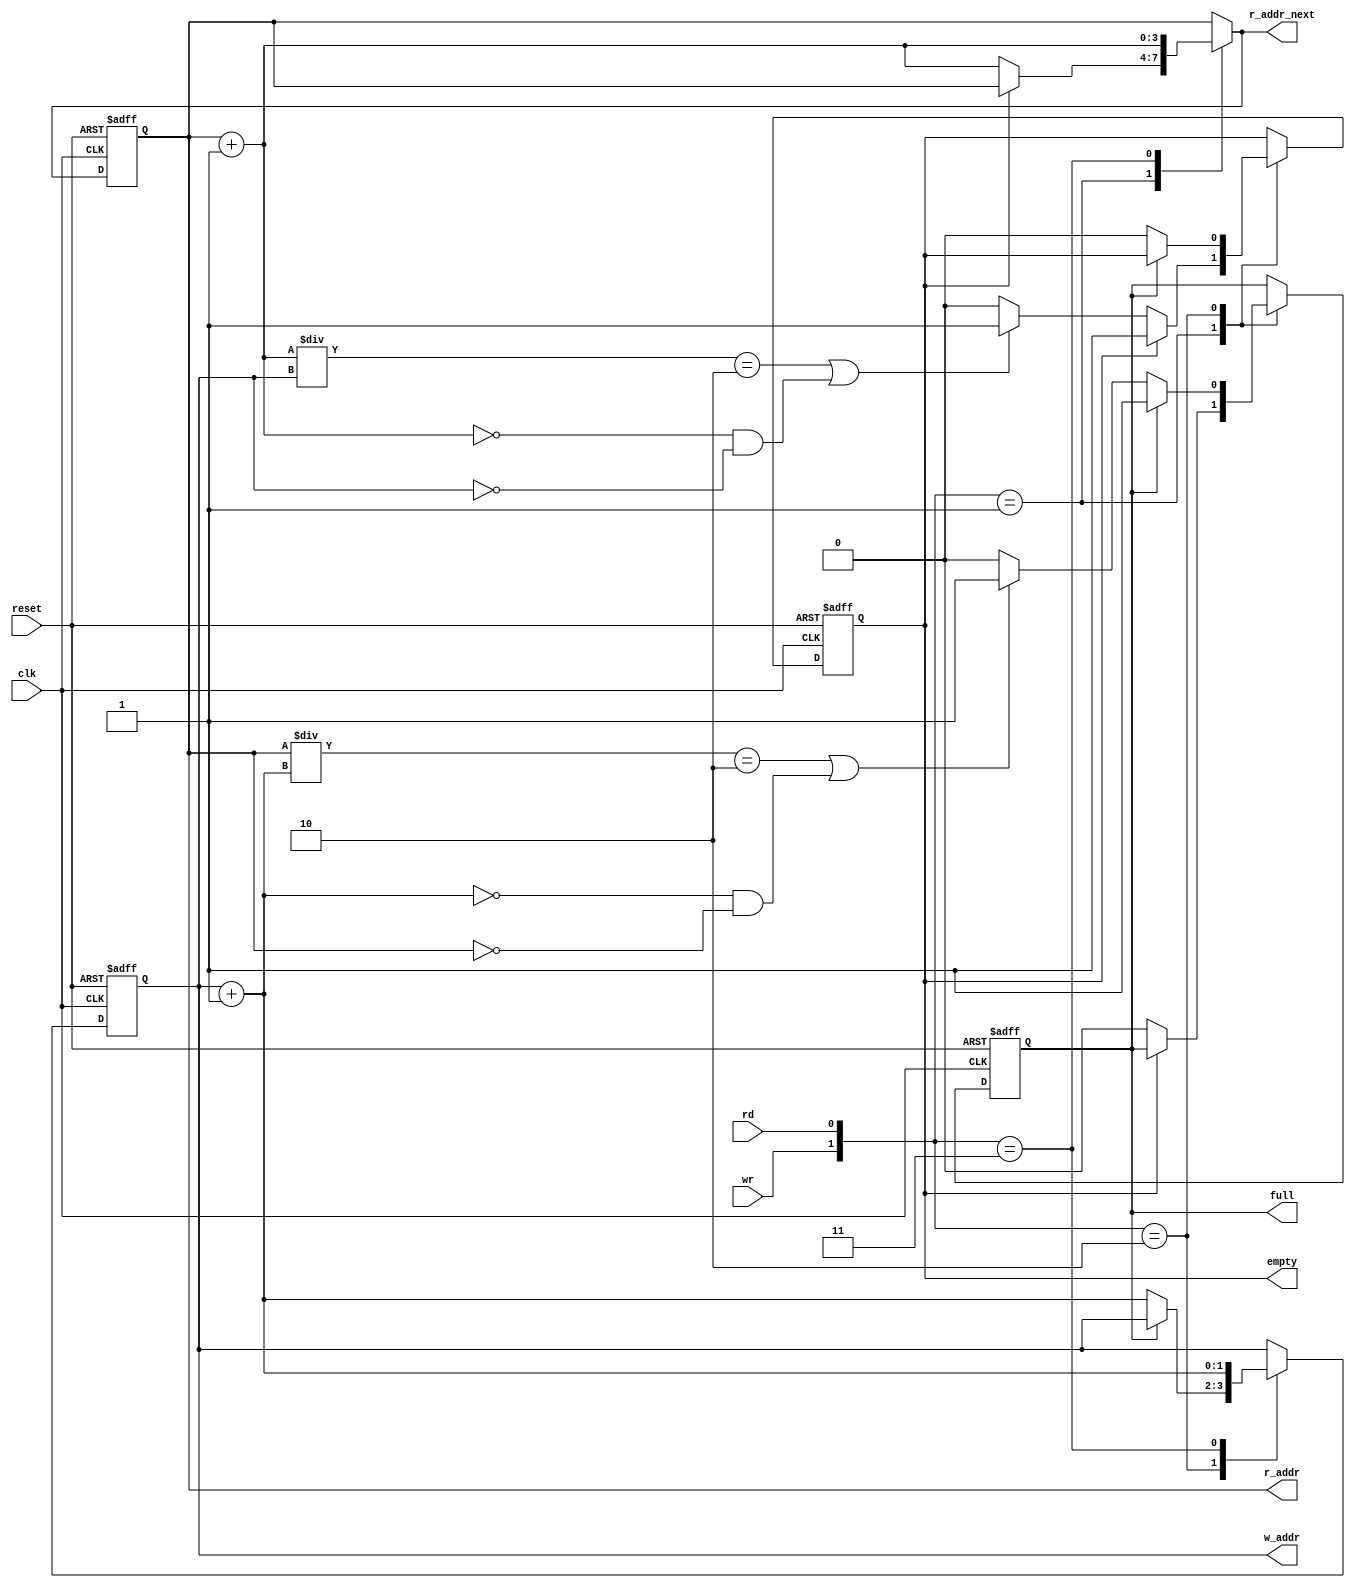
module fifo_ctrl
#(
    parameter ADDR_WIDTH = 2, R_ADDR_WIDTH=ADDR_WIDTH*2
)
(
    input wire clk, reset,
    input wire rd, wr,
    output wire empty, full,
    output wire [ADDR_WIDTH-1:0] w_addr, 
    output wire [R_ADDR_WIDTH-1:0] r_addr, r_addr_next // needs to be 2x as many read addresses
);

    // signal dec
    reg [ADDR_WIDTH-1:0] w_ptr_reg, w_ptr_next, w_ptr_succ;
    reg [R_ADDR_WIDTH-1:0] r_ptr_reg, r_ptr_next, r_ptr_succ;
    reg full_reg, empty_reg, full_next, empty_next;
    
    // fifo control logic
    always @(posedge clk, posedge reset)
    begin
        if(reset)
            begin
                w_ptr_reg <= 0;
                r_ptr_reg <= 0;
                full_reg <= 1'b0;
                empty_reg <= 1'b1;            
            end
        else
            begin
                w_ptr_reg <= w_ptr_next;
                r_ptr_reg <= r_ptr_next;
                full_reg <= full_next;
                empty_reg <= empty_next; 
            end
    end
    
    // next state logic for pointers
    always @*
    begin
        // successive pointer values
        w_ptr_succ = w_ptr_reg + 1;
        r_ptr_succ = r_ptr_reg + 1;
        // default: keep previous values
        w_ptr_next = w_ptr_reg;
        r_ptr_next = r_ptr_reg;
        full_next = full_reg;
        empty_next = empty_reg;
        case({wr, rd})
            // 2'b00: Do nothing
            2'b01: // read
                if(~empty_reg)
                    begin
                        r_ptr_next = r_ptr_succ;
                        full_next = 1'b0;
                        // buffer empty if:
                        // next r_ptr points to first half and w_ptr is on same addr
                        // OR if next r_ptr is at 0 and w_ptr is as well
                        if( (r_ptr_succ/w_ptr_reg==2) || (r_ptr_succ==0 && w_ptr_reg==0) )  
                            empty_next = 1'b1;                            
                    end
            2'b10: // write
                if(~full_reg)
                    begin
                        w_ptr_next = w_ptr_succ;
                        empty_next = 1'b0;
                        // buffer full if:
                        // next w_ptr points to same as r_ptr and r_ptr is on first half
                        // OR if r_ptr is at 0 and next w_ptr is as well
                        if( (r_ptr_reg/w_ptr_succ==2) || (w_ptr_succ==0 && r_ptr_reg==0) )
                            full_next = 1'b1; // if w_ptr_succ is on second half and is same addr as r_ptr_reg 
                                              // two OR statements handle if r_ptr_addr is 0 or 1 since those are special cases
                    end
            2'b11: // read and write
                begin
                    w_ptr_next = w_ptr_succ;
                    r_ptr_next = r_ptr_succ;
                end
                    
        endcase
    end
    
    // output 
    assign w_addr = w_ptr_reg;
    assign r_addr = r_ptr_reg;
    assign r_addr_next = r_ptr_next;
    assign full = full_reg;
    assign empty = empty_reg;
    

endmodule